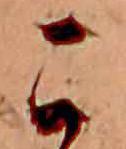
こ